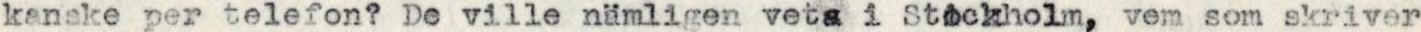
kanske per telefon? De ville nämligen veta i Stockholm, vem som skriver